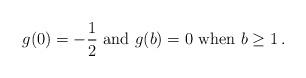
LaTeX: \begin{align*} g(0)=-\frac12 \mbox{ and } g(b)=0 \mbox{ when } b\geq 1\,.\end{align*}